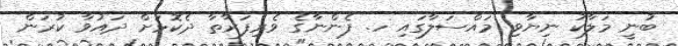
ބުނީ މަލާކު ނިޔާވި މައްސަލާގައި ހ. ފެންނާގެ ވެރިފަރާތާ ދެކޮޅަށް ދައުވާ ކުރަން